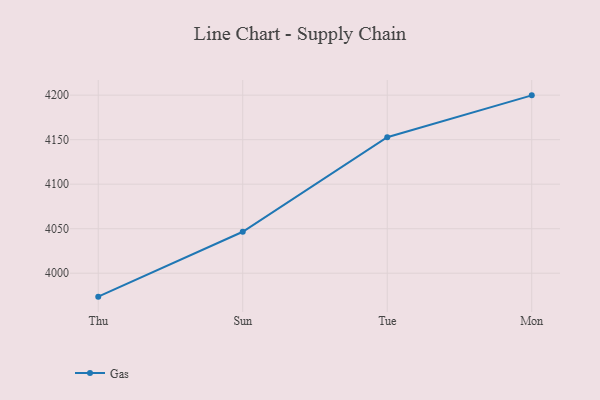
{"axis": {"x": "Day", "y": "Revenue (USD Million)"}, "legend": ["Gas"], "data": [{"x": "Thu", "y": 3973.7, "type": "Gas"}, {"x": "Sun", "y": 4046.6, "type": "Gas"}, {"x": "Tue", "y": 4152.7, "type": "Gas"}, {"x": "Mon", "y": 4199.8, "type": "Gas"}]}